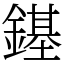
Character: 䥓